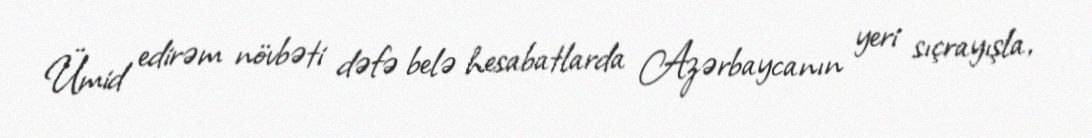
Ümid edirəm növbəti dəfə belə hesabatlarda Azərbaycanın yeri sıçrayışla,